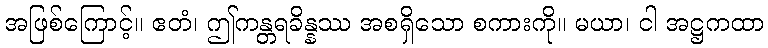
အဖြစ်ကြောင့်။ ဧတံ၊ ဤကန္တရခိန္နဿ အစရှိသော စကားကို။ မယာ၊ ငါ အဋ္ဌကထာ